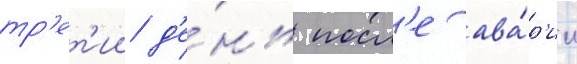
тр'ет'ии д'е́нь посл'е ава́р'ии